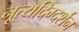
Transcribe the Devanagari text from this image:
नृ्त्यदिग्दर्शन